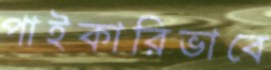
পাইকারিভাবে